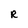
Character: R